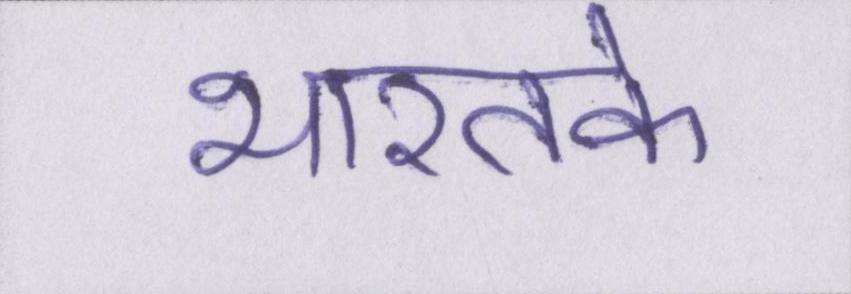
भारतके